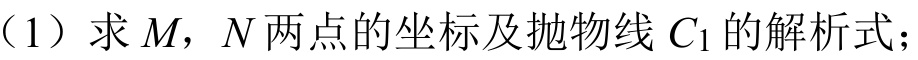
（1）求\(M\)，\(N\)两点的坐标及抛物线\(C_{1}\)的解析式；